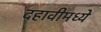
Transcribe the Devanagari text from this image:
दहावीमध्ये